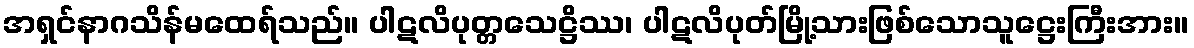
အရှင်နာဂသိန်မထေရ်သည်။ ပါဋလိပုတ္တသေဋ္ဌိဿ၊ ပါဋလိပုတ်မြို့သားဖြစ်သောသူဋ္ဌေးကြီးအား။